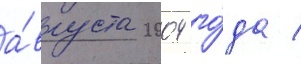
а́вгуста 2004 го́да /